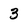
Character: 3